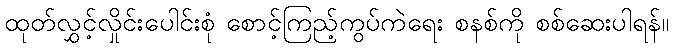
ထုတ်လွှင့်လှိုင်းပေါင်းစုံ စောင့်ကြည့်ကွပ်ကဲရေး စနစ်ကို စစ်ဆေးပါရန်။